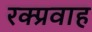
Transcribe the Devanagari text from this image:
रक्प्रवाह